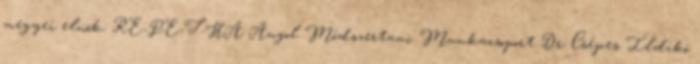
megyei elnök. RE-PE-T-HA Angol Módszertani Munkacsoport Dr. Csépes Ildikó